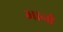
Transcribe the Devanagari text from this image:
भानौ